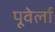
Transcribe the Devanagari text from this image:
पूवेर्ला